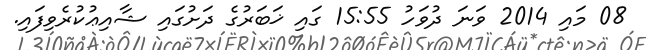
08 މައި 2014 ވަނަ ދުވަހު 15:55 ގައި ޚަބަރުގެ ދަށުގައި ޝާއިޢުކުރެވިފައި.